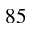
8 5